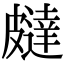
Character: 㿹